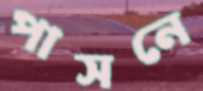
পাসনে